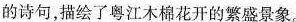
的诗句，描绘了粤江木棉花开的繁盛景象。